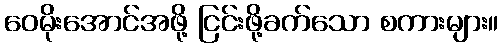
ဝေမိုးအောင်အဖို့ ငြင်းဖို့ခက်သော စကားများ။